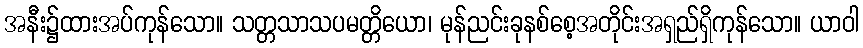
အနီး၌ထားအပ်ကုန်သော။ သတ္တသာသပမတ္တိယော၊ မုန်ညင်းခုနစ်စေ့အတိုင်းအရှည်ရှိကုန်သော။ ယာဝါ